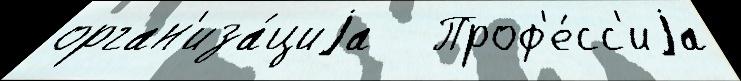
орган'иза́циjа   Проф'е́сс'иjа